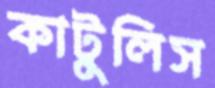
কাটুলিস